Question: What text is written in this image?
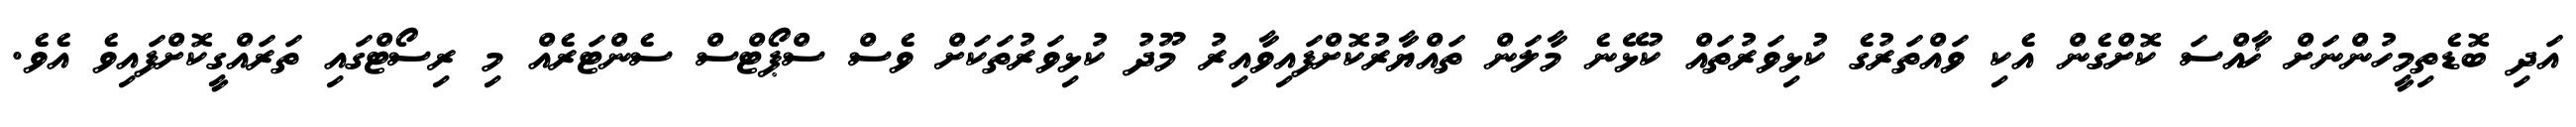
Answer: އަދި ބޮޑެތިމީހުންނަށް ޚާއްސަ ކޮށްގެން އެކި ވައްތަރުގެ ކުޅިވަރުތައް ކުޅޭނެ މާލަން ތައްޔާރުކޮށްފައިވާއިރު މޫދު ކުޅިވަރުތަކަށް ވެސް ސްޕޯޓްސް ސެންޓަރެއް މި ރިސޯޓްގައި ތަރައްގީކޮށްފައިވެ އެވެ.